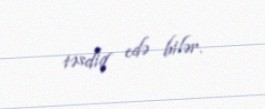
təsdiq edə bilər.